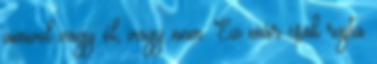
amivel vagy él, vagy nem. Ez már csak rajta